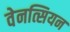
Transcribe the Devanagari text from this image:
वेनत्सियन